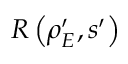
R \left( \rho _ { E } ^ { \prime } , s ^ { \prime } \right)